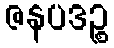
ဇနပဒဉ္စ